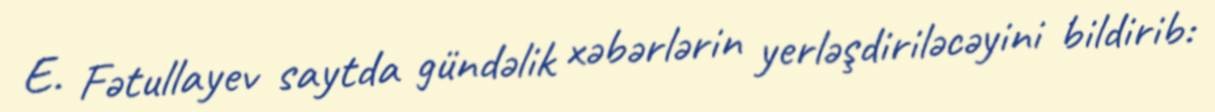
E. Fətullayev saytda gündəlik xəbərlərin yerləşdiriləcəyini bildirib: